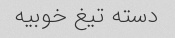
دسته تیغ خوبیه